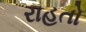
રાહતો